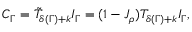
C _ { \Gamma } = \tilde { \cal T } _ { \delta ( \Gamma ) + k } I _ { \Gamma } = ( 1 - { \cal J } _ { \rho } ) { \cal T } _ { \delta ( \Gamma ) + k } I _ { \Gamma } ,